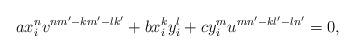
LaTeX: \begin{align*}a x_i^n v^{nm'-km'-lk'} + b x_i^k y_i^l + c y_i^m u^{mn'-kl'-ln'} = 0,\end{align*}